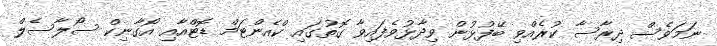
ނަމަވެސް ދިރާސާ ކުރެއްވި ބޭފުޅުން ވިދާޅުވެފައިވާ ގޮތުގައި ކްއެންޓަމް ޑޮޓްއާއި އޯގާނިކް ސޯލާސެލް